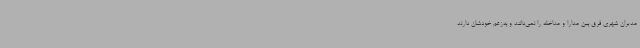
مدیران شهری فرق بین مدارا و مداخله را نمی‌دانند و به‌زعم خودشان دارند